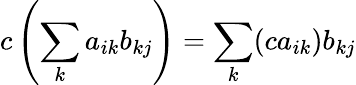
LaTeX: c\left(\sum_{k}a_{ik}b_{kj}\right)=\sum_{k}(ca_{ik})b_{kj}